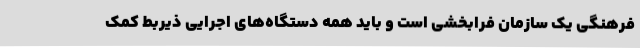
فرهنگی یک سازمان فرابخشی است و باید همه دستگاه‌های اجرایی ذیربط کمک